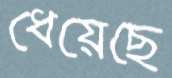
ধেয়েছে